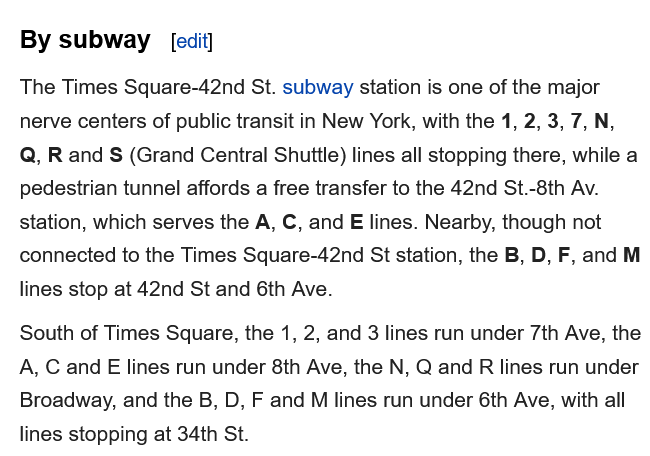
By  subway    [edit]
  The Times Square-42nd St. subway station is one of the major
  nerve centers of public transit in New York, with the 1, 2, 3, 7, N,
  Q, R and S (Grand Central Shuttle) lines all stopping there, while a
  pedestrian tunnel affords a free transfer to the 42nd St.-8th Av.
  station, which serves the A, C, and E lines. Nearby, though not
  connected to the Times Square-42nd St station, the B, D, F, and M
  lines stop at 42nd St and 6th Ave.
  South of Times Square, the 1, 2, and 3 lines run under 7th Ave, the
  A, C and E lines run under 8th Ave, the N, Q and
  R
     lines run under
  Broadway, and the B, D, F and M lines run under 6th Ave, with all
  lines stopping at 34th St.